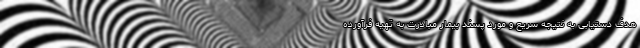
هدف دستیابی به نتیجه سریع و مورد پسند بیمار مبادرت به تهیه فرآورده